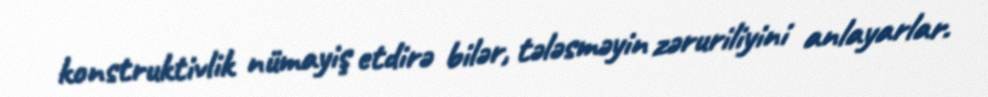
konstruktivlik nümayiş etdirə bilər, tələsməyin zəruriliyini anlayarlar.